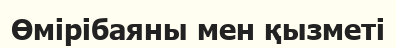
Өмірібаяны мен қызметі